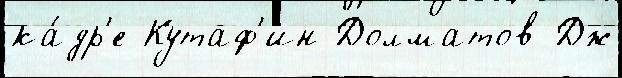
ка́др'е Кутаф'ин Долматов Дж